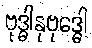
ဗုဒ္ဓါနုဗုဒ္ဓေါ